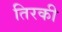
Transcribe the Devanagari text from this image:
तिरकी